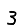
Digit: 3